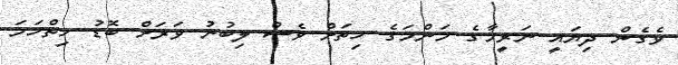
ވެގެން ދިޔައީ ނަރީމާގެ މަންމަގެ ހިތަށް ވެސް ލިބުނު ވަރަށް ބޮޑު ހިތްހަމަ